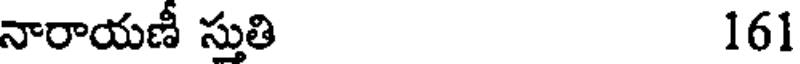
నారాయణీ స్తుతి 161